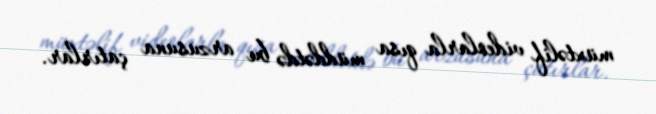
müxtəlif videolarla qısa müddətdə bu arzusuna çatırlar.